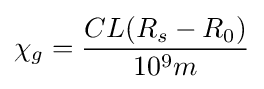
\chi _{g}={\frac {CL(R_{s}-R_{0})}{10^{9}m}}